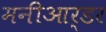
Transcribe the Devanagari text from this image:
मनीआर्डर